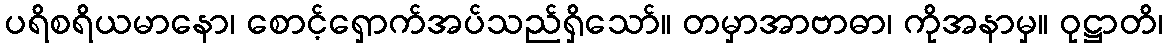
ပရိစရိယမာနော၊ စောင့်ရှောက်အပ်သည်ရှိသော်။ တမှာအာဗာဓာ၊ ကိုအနာမှ။ ဝုဋ္ဌာတိ၊